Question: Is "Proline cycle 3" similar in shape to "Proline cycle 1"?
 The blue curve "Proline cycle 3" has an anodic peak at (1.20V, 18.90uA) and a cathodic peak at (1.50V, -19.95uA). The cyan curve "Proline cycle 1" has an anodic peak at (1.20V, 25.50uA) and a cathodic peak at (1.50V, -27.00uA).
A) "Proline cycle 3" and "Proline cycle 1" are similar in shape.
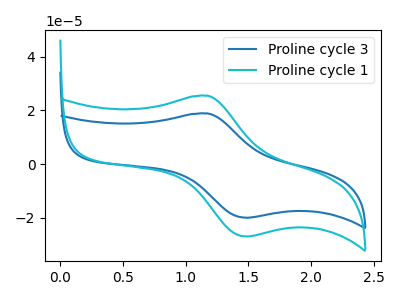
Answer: <think>All the peaks in "Proline cycle 3" have a peak in "Proline cycle 1" at the same potential. Every peak in "Proline cycle 3" is lower than every peak in "Proline cycle 1".
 </think>
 <answer>A) "Proline cycle 3" and "Proline cycle 1" are similar in shape.</answer>
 <eval>A</eval>